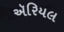
ઍરિયલ